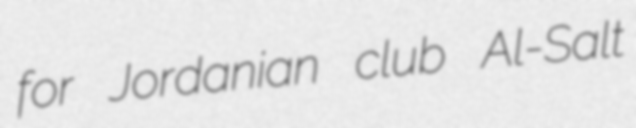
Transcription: for Jordanian club Al-Salt